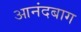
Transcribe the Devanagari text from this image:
आनंदबाग